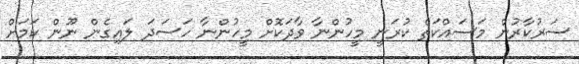
ސަރުކާރުން މަސައްކަތް ކުރަނީ މީހުންނާ ވާދަކޮށް މީހުންނާ ހަސަދަ ލައިގެން ނޫން ކަމަށް